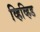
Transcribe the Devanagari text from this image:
व्हिव्हिड